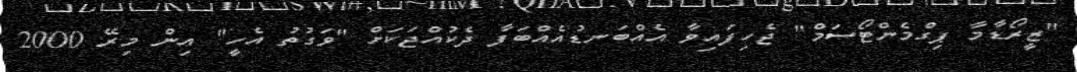
"ޒީރޯޑާމާ ޕިގްމެންޓޯސަމް" ޖެހިފައިވާ އެއްބަނޑުއެއްބަފާ ދެކުއްޖަކަށް "ވަގުތު އެހީ" އިން މިރޭ 2000